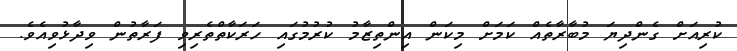
ކުރިއަށް ގެންދިޔަ މުބާރާތެއް ކަމަށް މިކަން އިންތިޒާމު ކުރުމުގައި ހަރަކާތްތެރިވި ފަރާތުން ވިދާޅުވިއެވެ.